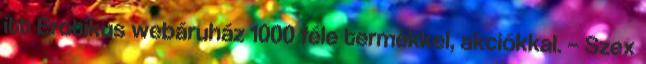
itt Erotikus webáruház 1000 féle termékkel, akciókkal. – Szex